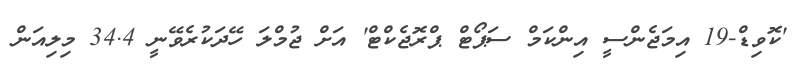
'ކޮވިޑް-19 އިމަޖެންސީ އިންކަމް ސަޕޯޓް ޕްރޮޖެކްޓް' އަށް ޖުމްލަ ހޭދަކުރެވޭނީ 34.4 މިލިއަން